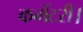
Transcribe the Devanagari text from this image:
कमेंटरी।